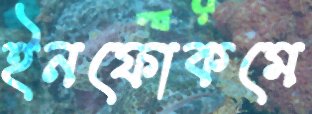
ইনফোকমে